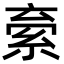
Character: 𬗐